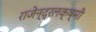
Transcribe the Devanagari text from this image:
राजेन्द्रलक्ष्मी